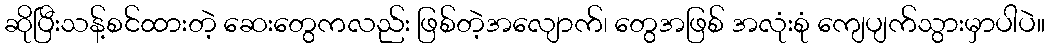
ဆိုပြီးသန့်စင်ထားတဲ့ ဆေးတွေကလည်း ဖြစ်တဲ့အလျောက်၊ တွေအဖြစ် အလုံးစုံ ကျေပျက်သွားမှာပါပဲ။